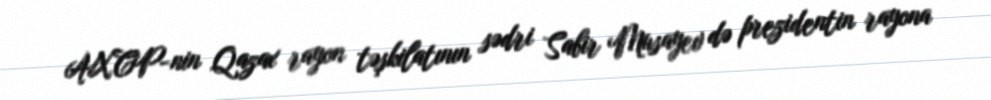
AXCP-nin Qazax rayon təşkilatının sədri Sabir Musayev də prezidentin rayona